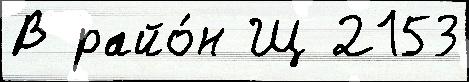
В райо́н Щ 2153